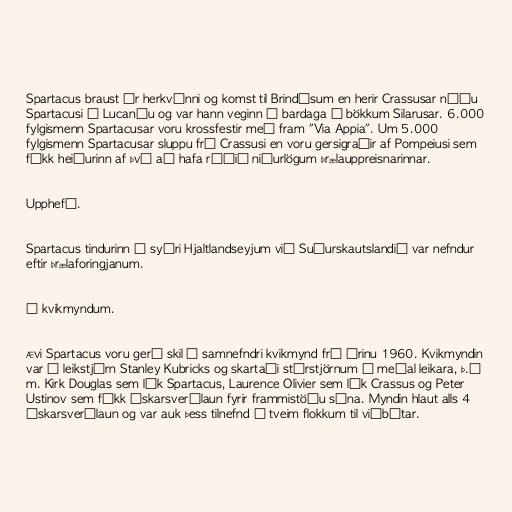
Spartacus braust úr herkvínni og komst til Brindísum en herir Crassusar náðu
Spartacusi í Lucaníu og var hann veginn í bardaga á bökkum Silarusar. 6.000
fylgismenn Spartacusar voru krossfestir með fram "Via Appia". Um 5.000
fylgismenn Spartacusar sluppu frá Crassusi en voru gersigraðir af Pompeiusi sem
fékk heiðurinn af því að hafa ráðið niðurlögum þrælauppreisnarinnar.

Upphefð.

Spartacus tindurinn á syðri Hjaltlandseyjum við Suðurskautslandið var nefndur
eftir þrælaforingjanum.

Í kvikmyndum.

Ævi Spartacus voru gerð skil í samnefndri kvikmynd frá árinu 1960. Kvikmyndin
var í leikstjórn Stanley Kubricks og skartaði stórstjörnum á meðal leikara, þ.á
m. Kirk Douglas sem lék Spartacus, Laurence Olivier sem lék Crassus og Peter
Ustinov sem fékk Óskarsverðlaun fyrir frammistöðu sína. Myndin hlaut alls 4
Óskarsverðlaun og var auk þess tilnefnd í tveim flokkum til viðbótar.